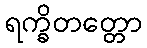
ရက္ခိတတ္တော